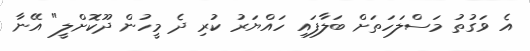
އެ ވަގުތު މަސްލަހަތަށް ބަލާފައި ހައްޔަރު ކުރި ދެ މީހުން ދޫކޮށްލީ" އޭނާ